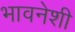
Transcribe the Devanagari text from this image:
भावनेशी